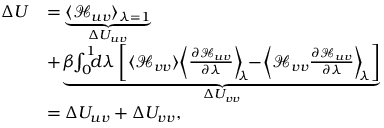
\begin{array} { r l } { \Delta U } & { = \underbrace { \langle \mathcal { H } _ { u v } \rangle _ { \lambda = 1 } } _ { \Delta U _ { u v } } } \\ & { + \underbrace { \beta \! \! \int _ { 0 } ^ { 1 } \! \! \! d \lambda \left[ \langle \mathcal { H } _ { v v } \rangle \! \left\langle \frac { \partial \mathcal { H } _ { u v } } { \partial \lambda } \right\rangle _ { \! \! \lambda } \! \! - \! \left\langle \mathcal { H } _ { v v } \frac { \partial \mathcal { H } _ { u v } } { \partial \lambda } \right\rangle _ { \! \! \lambda } \right] } _ { \Delta U _ { v v } } } \\ & { = \Delta U _ { u v } + \Delta U _ { v v } , } \end{array}